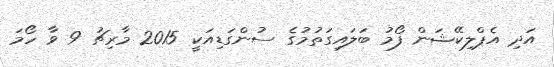
އަދި އެޕްލިކޭޝަން ފޯމު ބަލައިގަތުމުގެ ސުންގަޑިއަކީ 2015 މާރިޗު 9 ވާ ހޯމަ